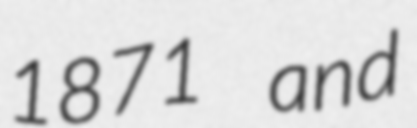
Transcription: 1871 and